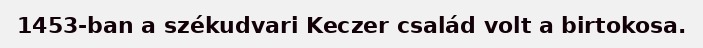
1453-ban a székudvari Keczer család volt a birtokosa.